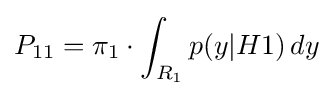
P_{11}=\pi _{1}\cdot \int _{R_{1}}p(y|H1)\,dy